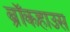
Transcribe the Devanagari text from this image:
ब्रॉकहाउस